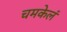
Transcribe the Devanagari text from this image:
चमकेलं